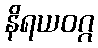
နိရယဝဂ္ဂ